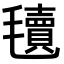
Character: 𣰬